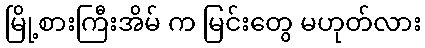
မြို့စားကြီးအိမ် က မြင်းတွေ မဟုတ်လား